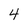
Character: 4